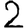
Digit: 2